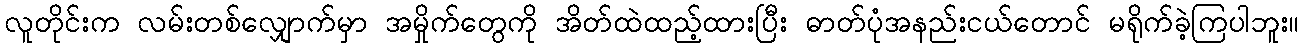
လူတိုင်းက လမ်းတစ်လျှောက်မှာ အမှိုက်တွေကို အိတ်ထဲထည့်ထားပြီး ဓာတ်ပုံအနည်းငယ်တောင် မရိုက်ခဲ့ကြပါဘူး။